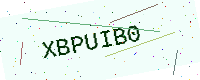
Text: XBPUIB0